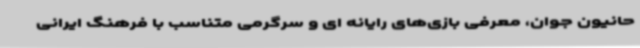
حانیون جوان، معرفی بازی‌های رایانه ای و سرگرمی متناسب با فرهنگ ایرانی